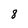
Character: 8